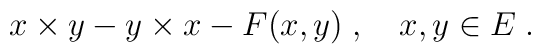
x\times y - y\times x - F(x,y) \; , \quad x,y \in E \; .